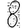
Digit: 8